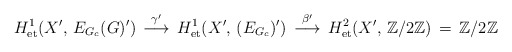
\begin{align*}H^1_{\rm et}(X',\, E_{G_c}(G)')\,\stackrel{\gamma'}{\longrightarrow}\, H^1_{\rm et}(X',\, (E_{G_c})')\,\stackrel{\beta'}{\longrightarrow}\,H^2_{\rm et}(X',\, {\mathbb Z}/2{\mathbb Z})\,=\, {\mathbb Z}/2{\mathbb Z}\end{align*}